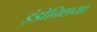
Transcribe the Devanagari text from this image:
इंडोनिशया